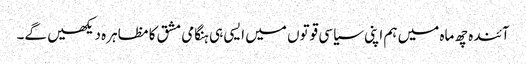
آئندہ چھ ماہ میں ہم اپنی سیاسی قوتوں میں ایسی ہی ہنگامی مشق کا مظاہرہ دیکھیں گے۔